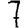
Digit: 7